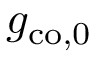
g _ { \mathrm { c o , 0 } }